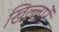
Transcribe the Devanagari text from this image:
खिल्लारें